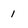
Character: 1